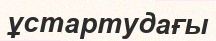
ұстартудағы